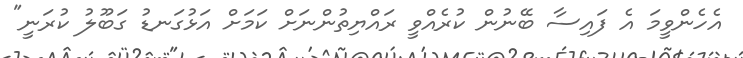
އެހެންވީމަ އެ ފައިސާ ބޭނުން ކުރެއްވީ ރައްޔިތުންނަށް ކަމަށް އަޅުގަނޑު ގަބޫލު ކުރަނީ"